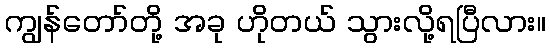
ကျွန်တော်တို့ အခု ဟိုတယ် သွားလို့ရပြီလား။